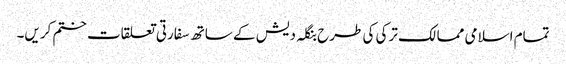
تمام اسلامی ممالک ترکی کی طرح بنگلہ دیش کے ساتھ سفارتی تعلقات ختم کریں۔